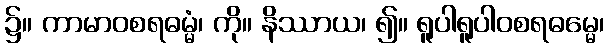
၌။ ကာမာဝစရဓမ္မံ၊ ကို။ နိဿာယ၊ ၍။ ရူပါရူပါဝစရဓမ္မေ၊